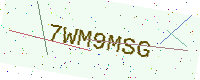
Text: 7WM9MSG